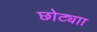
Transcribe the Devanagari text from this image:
छोट्याा